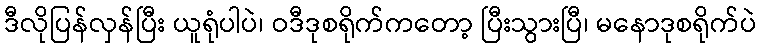
ဒီလိုပြန်လှန်ပြီး ယူရုံပါပဲ၊ ဝဒီဒုစရိုက်ကတော့ ပြီးသွားပြီ၊ မနောဒုစရိုက်ပဲ